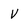
Character: v